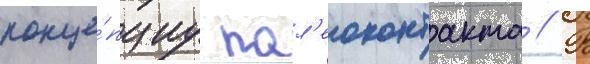
конце́пциу пал'еоконтакта // В